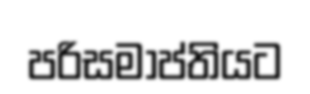
පරිසමාප්තියට